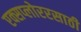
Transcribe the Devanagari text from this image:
एक्सप्लोररसाठी